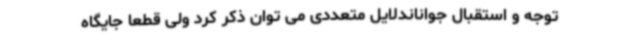
توجه و استقبال جواناندلایل متعددی می توان ذکر کرد ولی قطعا جایگاه